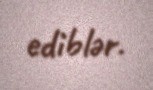
ediblər.